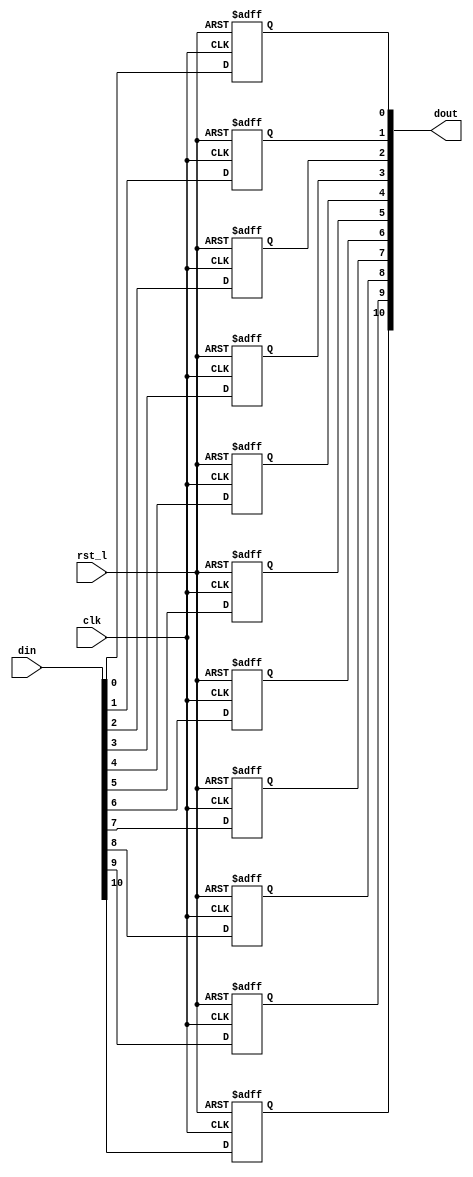
module rvdff_WIDTH11
(
  din,
  clk,
  rst_l,
  dout
);

  input [10:0] din;
  output [10:0] dout;
  input clk;
  input rst_l;
  wire N0;
  reg [10:0] dout;

  always @(posedge clk or posedge N0) begin
    if(N0) begin
      dout[10] <= 1'b0;
    end else if(1'b1) begin
      dout[10] <= din[10];
    end
  end


  always @(posedge clk or posedge N0) begin
    if(N0) begin
      dout[9] <= 1'b0;
    end else if(1'b1) begin
      dout[9] <= din[9];
    end
  end


  always @(posedge clk or posedge N0) begin
    if(N0) begin
      dout[8] <= 1'b0;
    end else if(1'b1) begin
      dout[8] <= din[8];
    end
  end


  always @(posedge clk or posedge N0) begin
    if(N0) begin
      dout[7] <= 1'b0;
    end else if(1'b1) begin
      dout[7] <= din[7];
    end
  end


  always @(posedge clk or posedge N0) begin
    if(N0) begin
      dout[6] <= 1'b0;
    end else if(1'b1) begin
      dout[6] <= din[6];
    end
  end


  always @(posedge clk or posedge N0) begin
    if(N0) begin
      dout[5] <= 1'b0;
    end else if(1'b1) begin
      dout[5] <= din[5];
    end
  end


  always @(posedge clk or posedge N0) begin
    if(N0) begin
      dout[4] <= 1'b0;
    end else if(1'b1) begin
      dout[4] <= din[4];
    end
  end


  always @(posedge clk or posedge N0) begin
    if(N0) begin
      dout[3] <= 1'b0;
    end else if(1'b1) begin
      dout[3] <= din[3];
    end
  end


  always @(posedge clk or posedge N0) begin
    if(N0) begin
      dout[2] <= 1'b0;
    end else if(1'b1) begin
      dout[2] <= din[2];
    end
  end


  always @(posedge clk or posedge N0) begin
    if(N0) begin
      dout[1] <= 1'b0;
    end else if(1'b1) begin
      dout[1] <= din[1];
    end
  end


  always @(posedge clk or posedge N0) begin
    if(N0) begin
      dout[0] <= 1'b0;
    end else if(1'b1) begin
      dout[0] <= din[0];
    end
  end

  assign N0 = ~rst_l;

endmodule